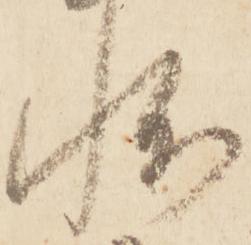
状